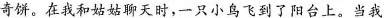
奇饼。在我和姑姑聊天时，一只小鸟飞到了阳台上。当我